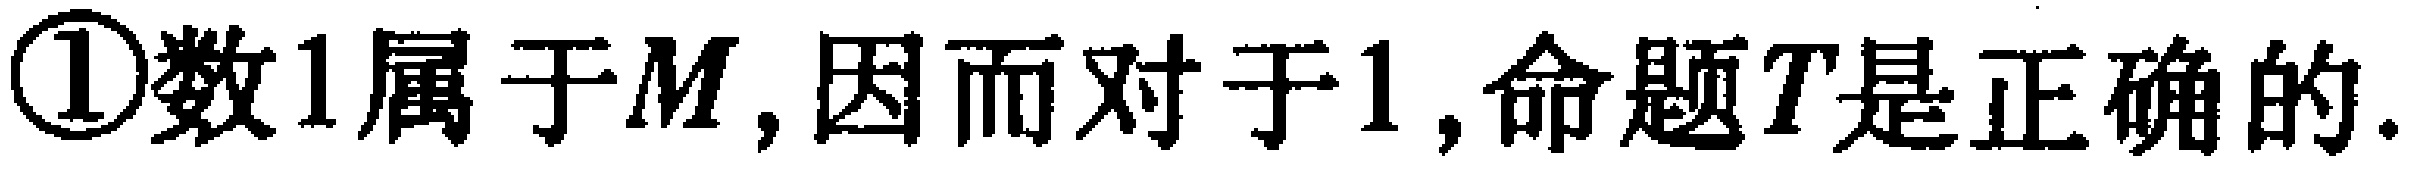
\textcircled{1}数1属于$M$,因而对于1,命题$T$是正确的.